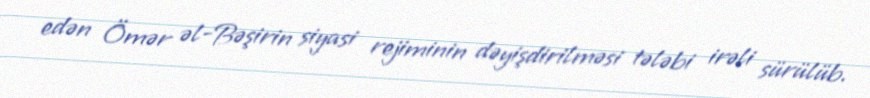
edən Ömər əl-Bəşirin siyasi rejiminin dəyişdirilməsi tələbi irəli sürülüb.